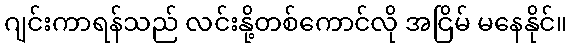
ဂျင်းကာရန်သည် လင်းနို့တစ်ကောင်လို အငြိမ် မနေနိုင်။